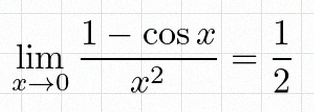
\lim_{x\to0}\frac{1-\cos x}{x^2}=\frac12